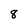
Character: 8